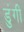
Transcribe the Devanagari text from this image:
डुंगी